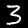
Digit: 3